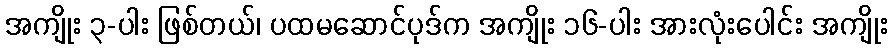
အကျိုး ၃-ပါး ဖြစ်တယ်၊ ပထမဆောင်ပုဒ်က အကျိုး ၁၆-ပါး အားလုံးပေါင်း အကျိုး